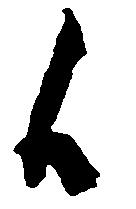
候